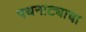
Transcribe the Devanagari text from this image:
पथनाट्याचा